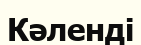
Кәленді